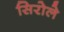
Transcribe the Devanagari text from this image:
सिरोले